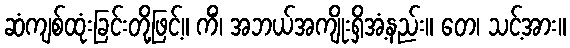
ဆံကျစ်ထုံးခြင်းတို့ဖြင့်။ ကိံ၊ အဘယ်အကျိုးရှိအံ့နည်း။ တေ၊ သင့်အား။